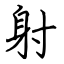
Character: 射